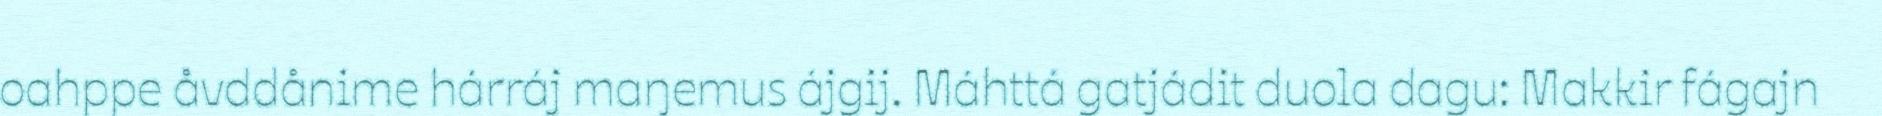
oahppe åvddånime hárráj maŋemus ájgij. Máhttá gatjádit duola dagu: Makkir fágajn